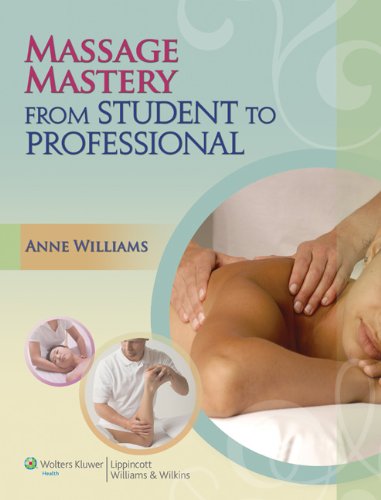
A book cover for Massage Mastery: From Student to Professional (LWW Massage Therapy and Bodywork Educational Series); Anne Williams BFA; Health, Fitness & Dieting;